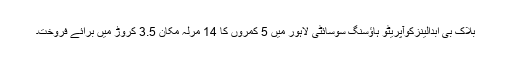
بلاک بی ابدالینزکوآپریٹو ہاؤسنگ سوسائٹی لاہور میں 5 کمروں کا 14 مرلہ مکان 3.5 کروڑ میں برائے فروخت۔